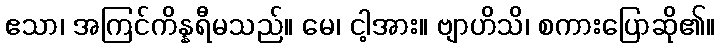
ဧသာ၊ အကြင်ကိန္နရီမသည်။ မေ၊ ငါ့အား။ ဗျာဟိသိ၊ စကားပြောဆို၏။